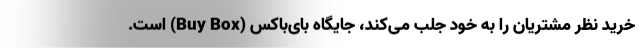
خرید نظر مشتریان را به خود جلب می‌کند، جایگاه بای‌باکس (Buy Box) است.